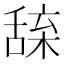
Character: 𦧢